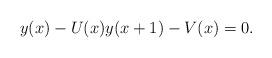
LaTeX: \begin{align*}y(x)-U(x)y(x+1)-V(x)=0.\end{align*}